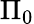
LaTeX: \Pi_{0}